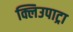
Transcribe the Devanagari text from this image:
क्लिउपाट्रा